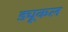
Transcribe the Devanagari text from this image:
ड्यूकल